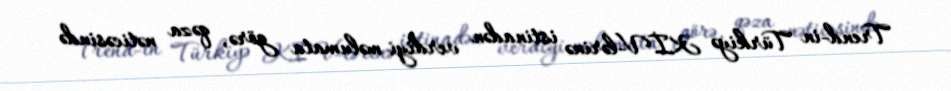
Trend-in Türkiyə KİV-lərinə istinadən verdiyi məlumata görə, qəza nəticəsində